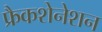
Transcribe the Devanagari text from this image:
फ्रैकशेनेशन